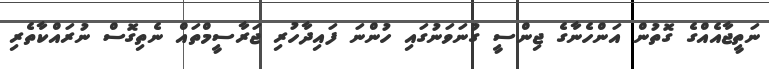
ނަތީޖާއެއްގެ ގޮތުން އަންހެނާގެ ޖިންސީ ގުނަވަނުގައި ހުންނަ ފައިދާހުރި ޖަރާސީމްތައް ނެތިގޮސް ނުރައްކާތެރި